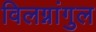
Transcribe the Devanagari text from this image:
विलग्नांगुल